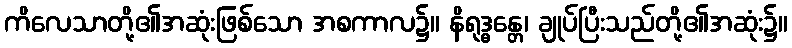
ကိလေသာတို့၏အဆုံးဖြစ်သော အစကာလ၌။ နိရုဒ္ဓန္တေ၊ ချုပ်ပြီးသည်တို့၏အဆုံး၌။